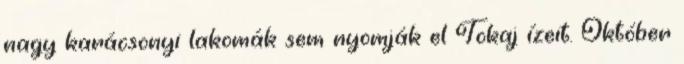
nagy karácsonyi lakomák sem nyomják el Tokaj ízeit. Október